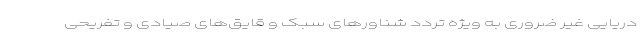
دریایی غیر ضروری به ویژه تردد شناور‌های سبک و قایق‌های صیادی و تفریحی